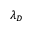
\lambda _ { D }